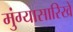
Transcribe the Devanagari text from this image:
मुंग्यासारिखे